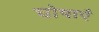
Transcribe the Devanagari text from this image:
घोषाएँ